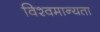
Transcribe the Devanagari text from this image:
विश्वमान्यता